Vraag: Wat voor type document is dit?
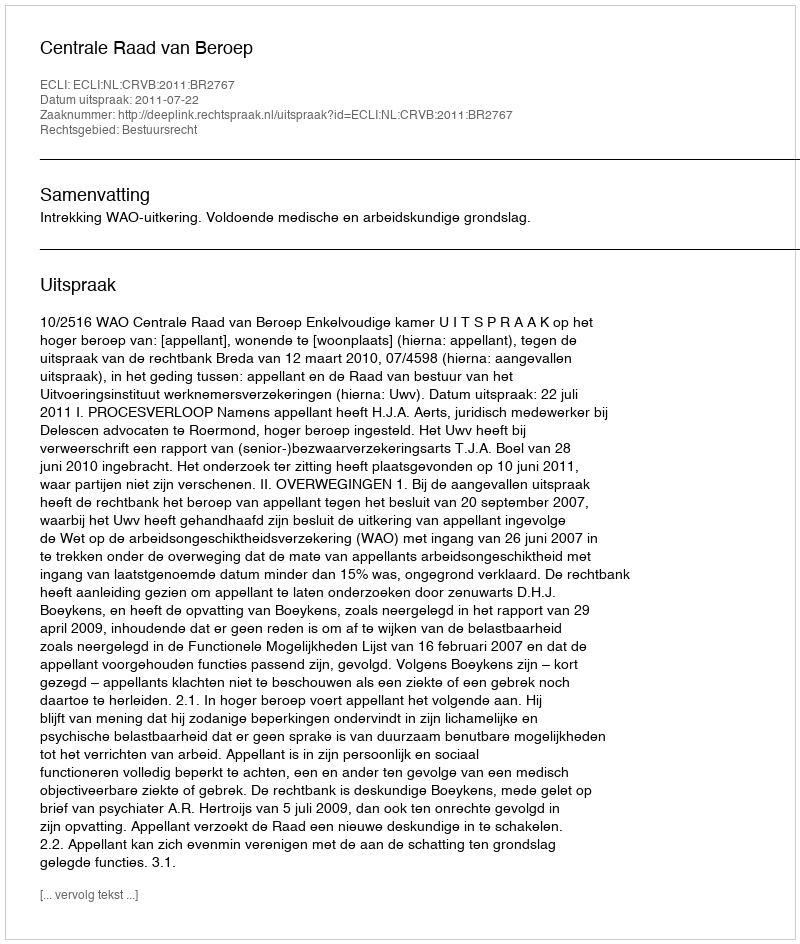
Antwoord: Uitspraak